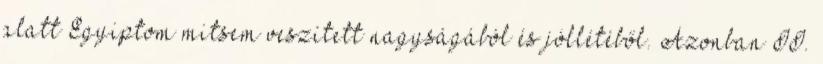
alatt Egyiptom mitsem veszített nagyságából és jóllétéből. Azonban II.